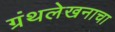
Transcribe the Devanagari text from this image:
ग्रंथलेखनाचा